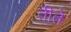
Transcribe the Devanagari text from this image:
तीते